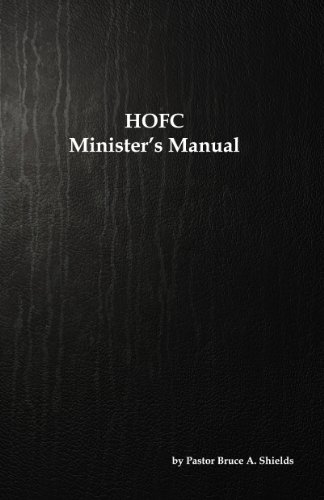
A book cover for HOFC Minister's Manual; Pastor Bruce A. Shields; Christian Books & Bibles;